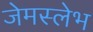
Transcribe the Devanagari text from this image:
जेमस्लेभ